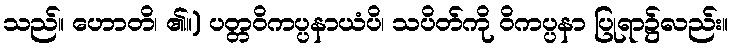
သည်။ ဟောတိ၊ ၏။) ပတ္တဝိကပ္ပနာယံပိ၊ သပိတ်ကို ဝိကပ္ပနာ ပြုရာ၌လည်း။